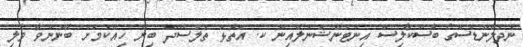
ނެދަލެންޑްސްގެ ބޮސްކާލިސް އިންޓަނޭޝަނަލްއިން ކ. އަތޮޅު ތުލުސްދޫ ބިން ހިއްކުމަށް ބޭނުންވާ ވެލި